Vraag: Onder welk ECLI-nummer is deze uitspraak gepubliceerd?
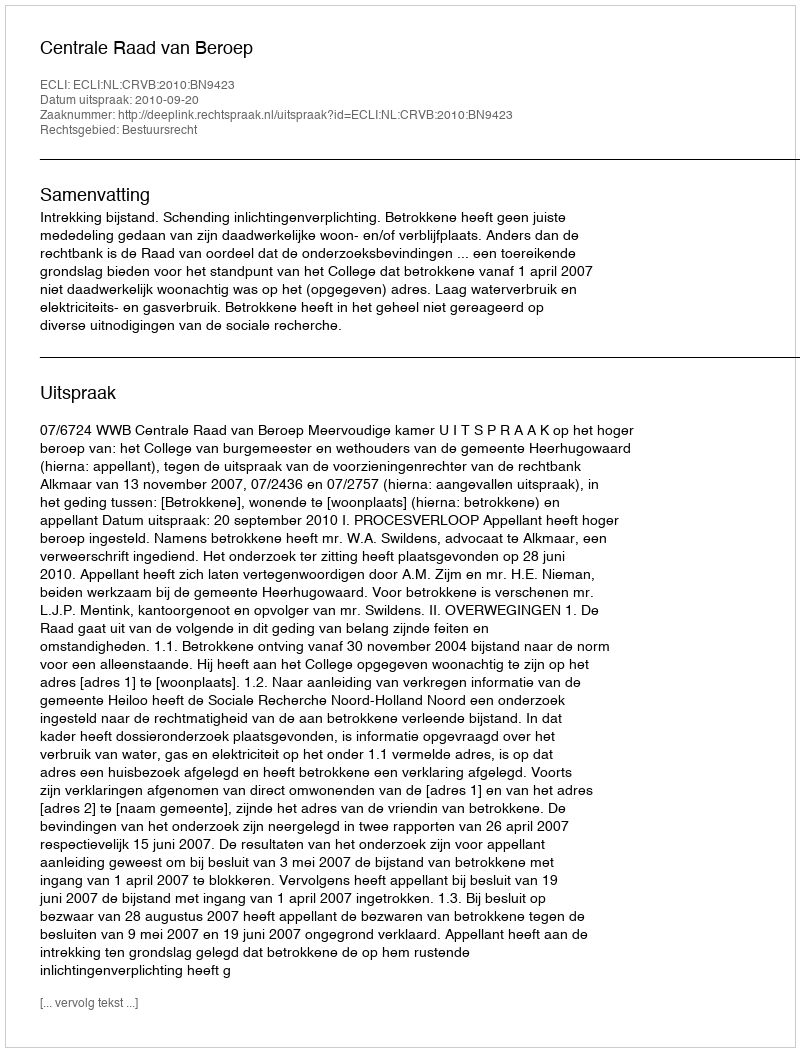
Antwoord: ECLI:NL:CRVB:2010:BN9423